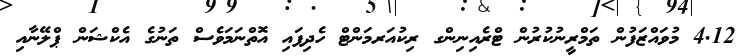
4.12 މުވައްޒަފުން ތަމްރީނުކުރުން ޓްރެއިނިންގ ރިކުއަރމަންޓް ހެދިފައި އޮތްނަމަވެސް ތަނުގެ އެކްޝަން ޕްލޭނާއި